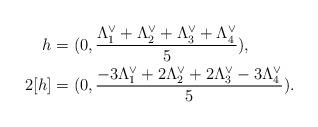
LaTeX: \begin{align*}h&=(0,\frac{\Lambda_1^\vee+\Lambda_2^\vee+\Lambda_3^\vee+\Lambda_4^\vee}{5}),\\2[h]&=(0,\frac{-3\Lambda_1^\vee+2\Lambda_2^\vee+2\Lambda_3^\vee-3\Lambda_4^\vee}{5}).\end{align*}